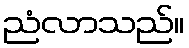
ညံလာသည်။